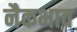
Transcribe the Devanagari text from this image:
नैकभाव